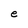
Character: e